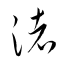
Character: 渚